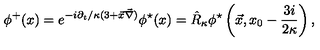
\phi ^ { + } ( x ) = e ^ { - { i \partial _ { t } / \kappa } ( 3 + \vec { x } \vec { \nabla } ) } \phi ^ { \star } ( x ) = \hat { R } _ { \kappa } \phi ^ { \star } \left( \vec { x } , x _ { 0 } - { \frac { 3 i } { 2 \kappa } } \right) ,